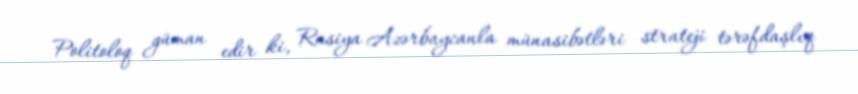
Politoloq güman edir ki, Rusiya Azərbaycanla münasibətləri strateji tərəfdaşlıq